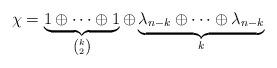
LaTeX: \begin{align*}\chi = \underbrace{1\oplus \cdots\oplus 1}_{{k}\choose{2}}\oplus \underbrace{\lambda _{n-k}\oplus \cdots\oplus\lambda _{n-k}}_{k}\end{align*}